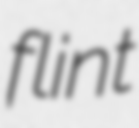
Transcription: flint